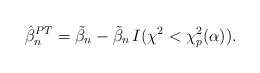
\begin{align*}\hat{\beta}_n^{PT} = \tilde{\beta}_n -\tilde{\beta}_n \, I(\chi^2 < \chi^2_p(\alpha)).\end{align*}